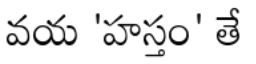
వయ 'హస్తం' తే